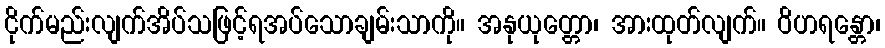
ငိုက်မည်းလျက်အိပ်သဖြင့်ရအပ်သောချမ်းသာကို။ အနုယုတ္တော၊ အားထုတ်လျက်။ ဝိဟရန္တော၊